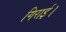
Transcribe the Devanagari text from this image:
गिराई।